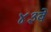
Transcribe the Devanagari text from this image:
४३वें